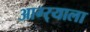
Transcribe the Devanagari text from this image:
आग्र्‍याला